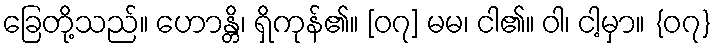
ခြေတို့သည်။ ဟောန္တိ၊ ရှိကုန်၏။ [၀၇] မမ၊ ငါ၏။ ဝါ၊ ငါ့မှာ။ {၀၇}